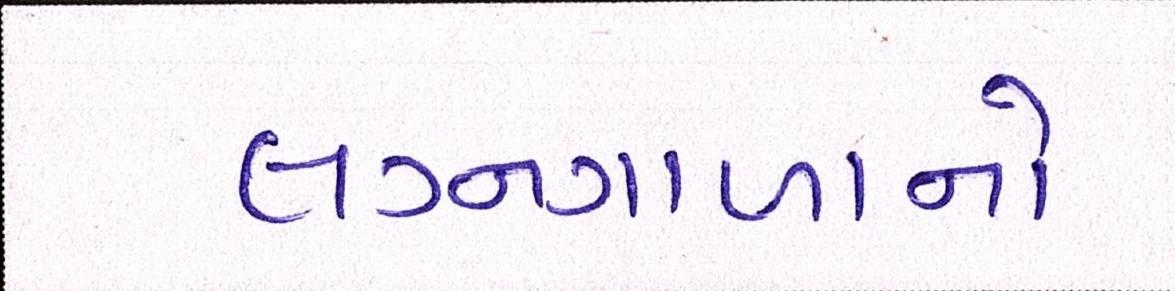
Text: લગ્નગાળાનો